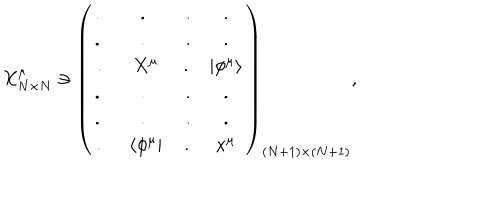
X _ { N \times N } ^ { \mu } \ni \left( \begin{matrix} { { . \qquad . \qquad . } } & { { . } } \\ { { . \qquad . \qquad . } } & { { . } } \\ { { . \quad \, \, \, X ^ { \mu } \, \, \quad . } } & { { | \phi ^ { \mu } \rangle } } \\ { { . \qquad . \qquad . } } & { { . } } \\ { { . \qquad . \qquad . } } & { { . } } \\ { { . \quad \, \, \langle \phi ^ { \mu } | \, \quad . } } & { { x ^ { \mu } } } \\ \end{matrix} \right) _ { ( N + 1 ) \times ( N + 1 ) } ,